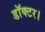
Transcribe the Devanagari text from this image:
डाॅक्टर।